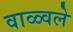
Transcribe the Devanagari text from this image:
वाळ्वले